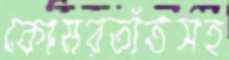
কোমরতাঁতসহ